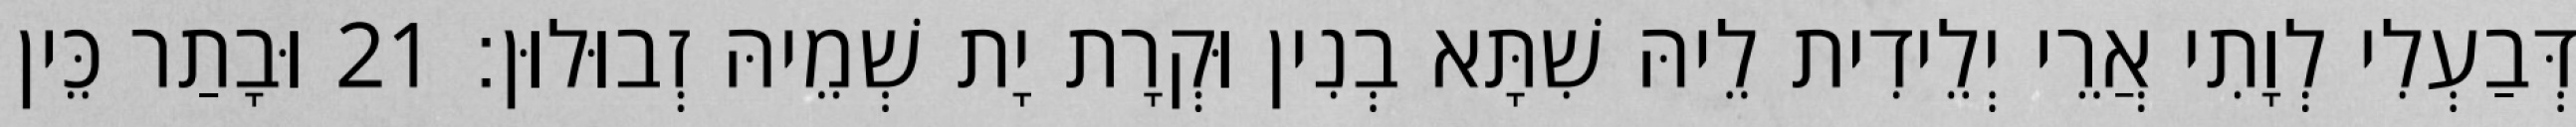
דְּבַעְלִי לְוָתִי אֲרֵי יְלֵידִית לֵיהּ שִׁתָּא בְנִין וּקְרָת יָת שְׁמֵיהּ זְבוּלוּן׃ 21 וּבָתַר כֵּין